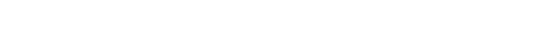
ဝိစယောတိ၊ (ပေ ၁၃၆) ဝိစယသမ္ပာတ ဟူသည်ကား။ (ဋီကာ ၌ကား